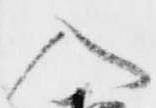
入